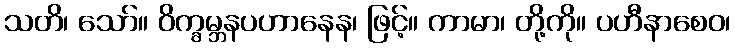
သတိ၊ သော်။ ဝိက္ခမ္ဘနပဟာနေန၊ ဖြင့်။ ကာမာ၊ တို့ကို။ ပဟီနာစေဝ၊